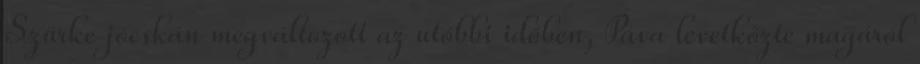
Szürke jócskán megváltozott az utóbbi időben, Páva levetkőzte magáról